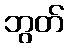
ဘွတ်